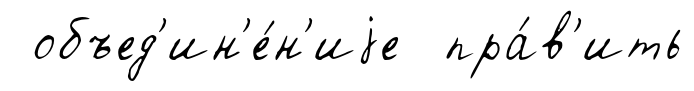
объед'ин'е́н'иjе пра́в'ить